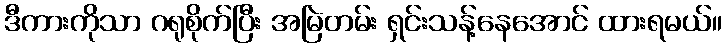
ဒီကားကိုသာ ဂရုစိုက်ပြီး အမြဲတမ်း ရှင်းသန့်နေအောင် ထားရမယ်။